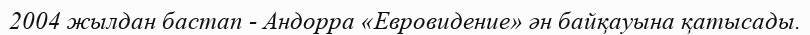
2004 жылдан бастап - Андорра «Евровидение» ән байқауына қатысады.